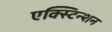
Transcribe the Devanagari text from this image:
एक्स्टिन्शन